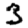
Digit: 3